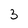
Character: 3